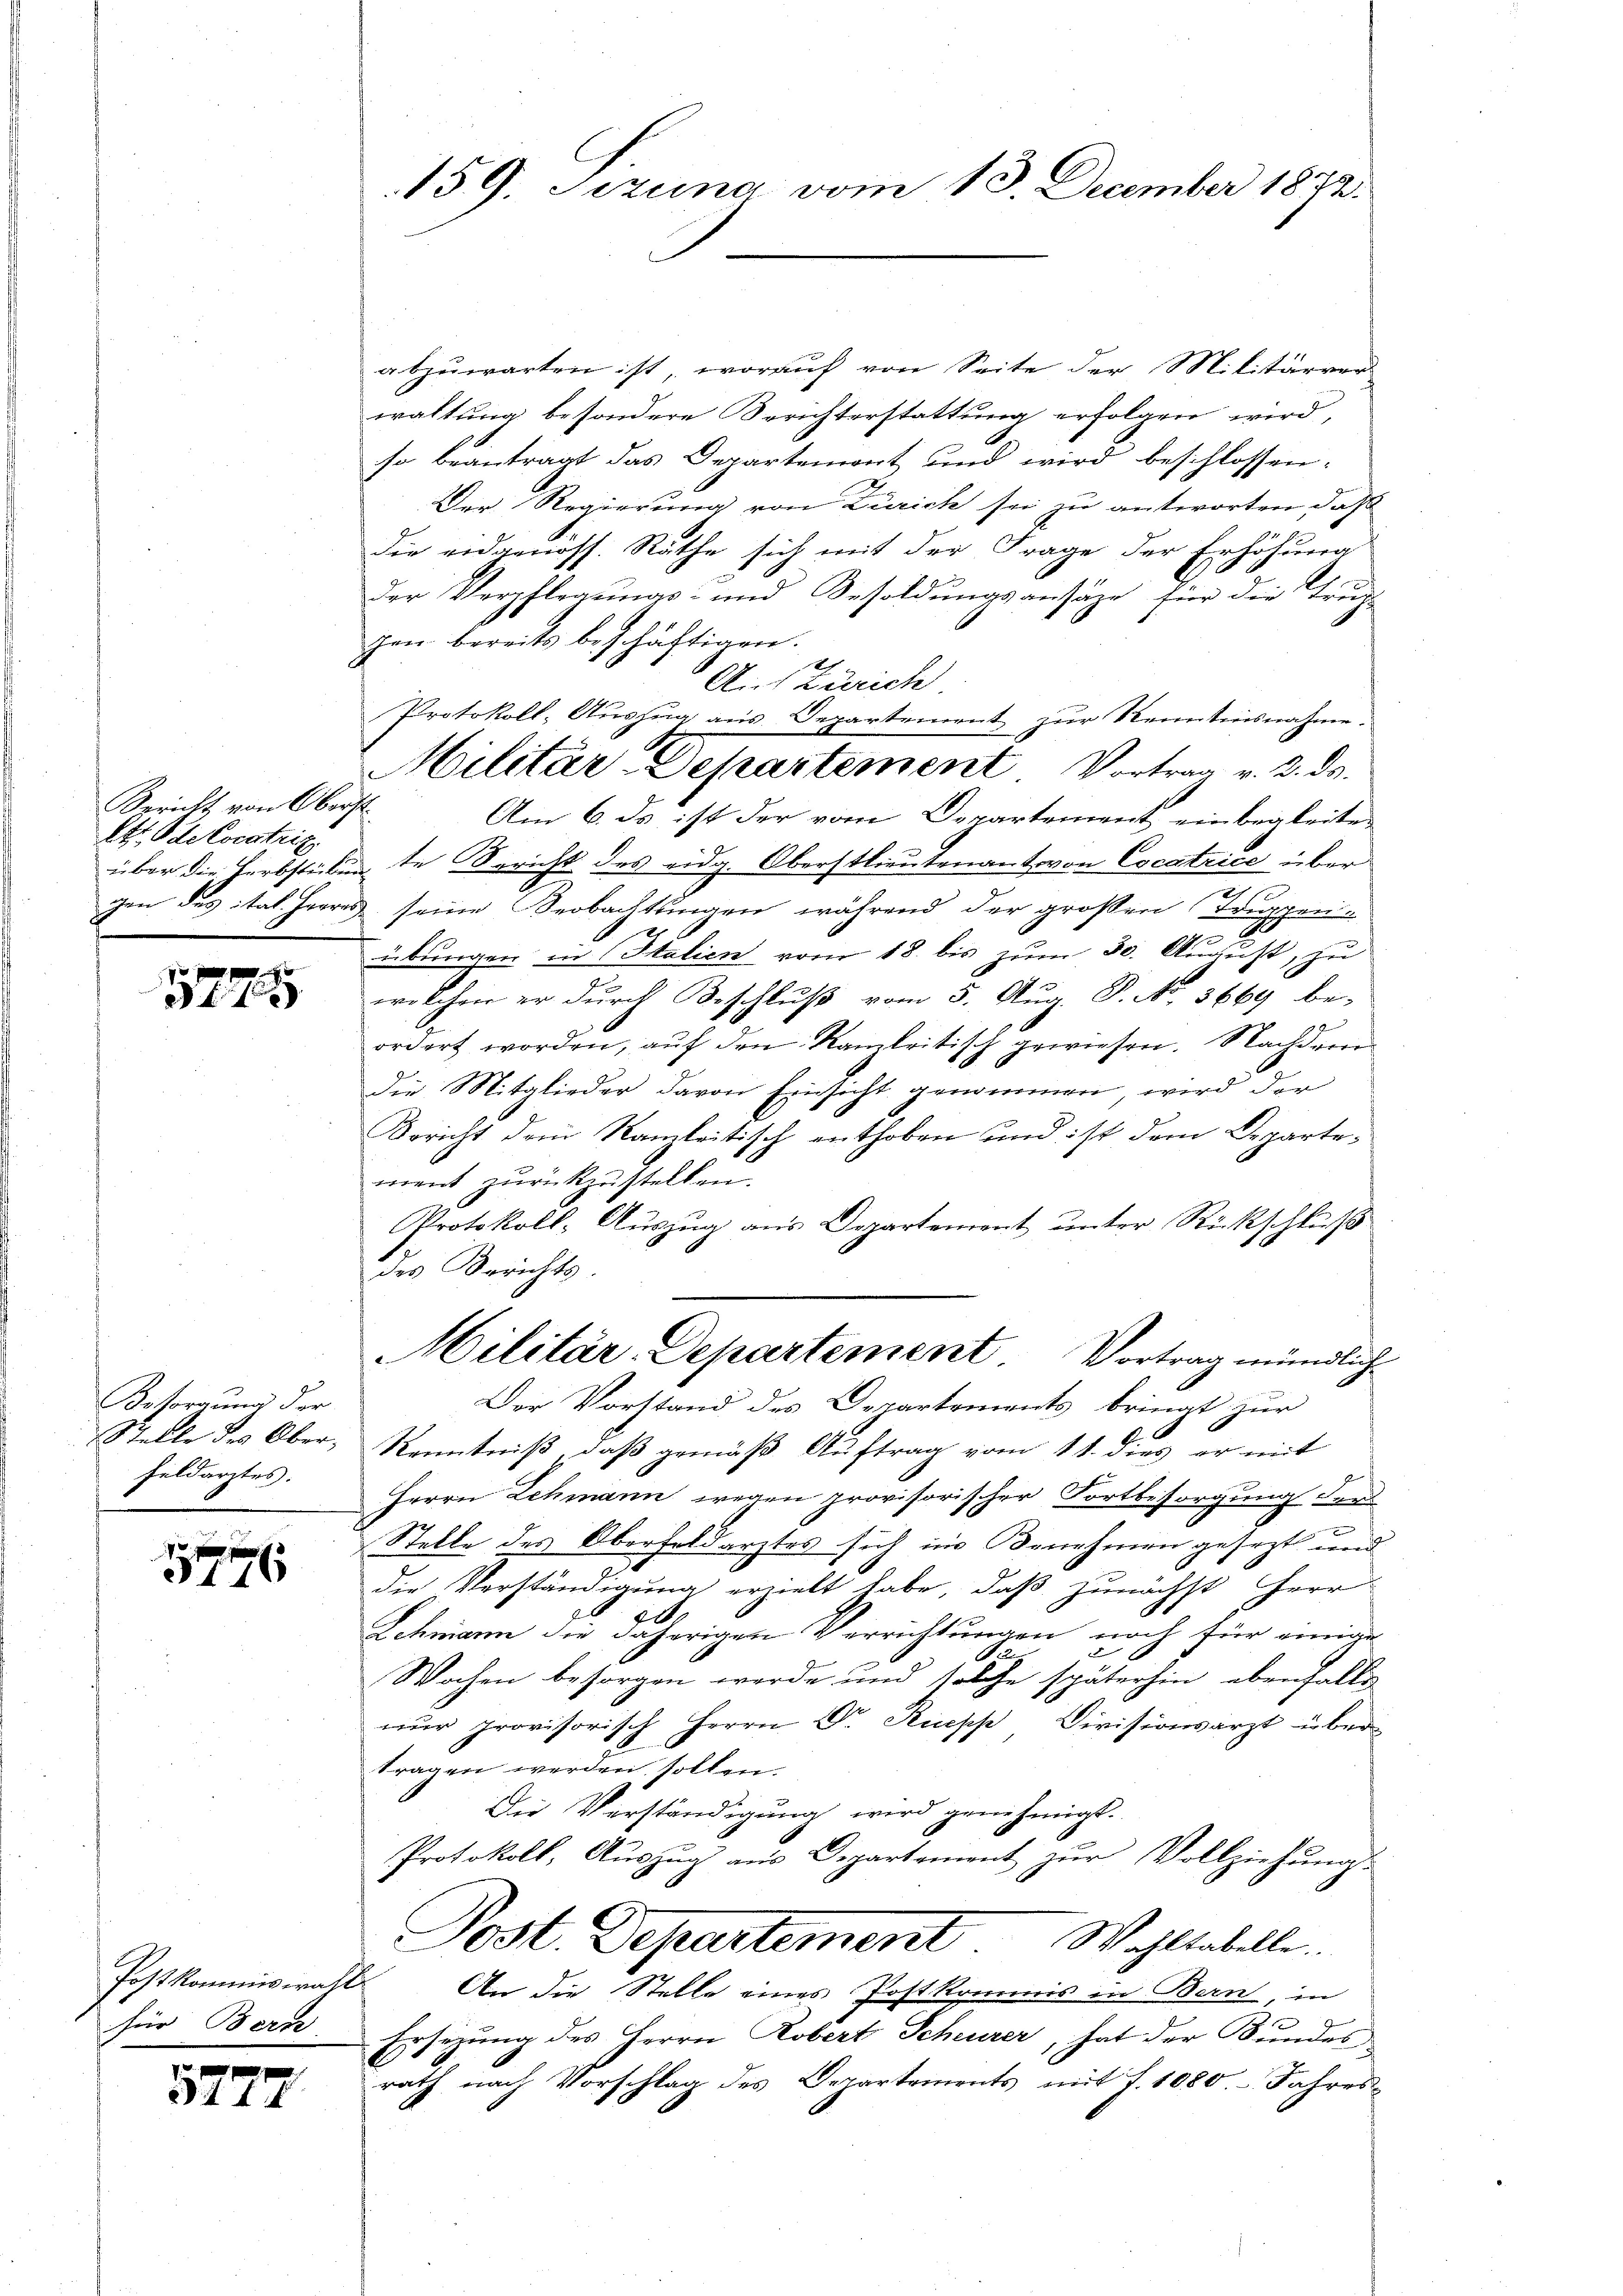
Bericht von Oberst
Ett. Odekoratriz
gen des ital Herres

17

Besorgung der
Stelle des Ober-
Feldarztes.

3176

für Bern

5772

159. Sizung vom 13. December 1872.

Protokoll- Auszug aus Departement zur Kenntnisnahme
Militär-Departement Vortrag v. 2. ds.

abzuwarten ist, worauf von Seite der Militärver
waltung besondere Berichterstattung erfolgen wird,
so beantragt das Departemont und wird beschlossen:
Der Regierung von Zürich sei zu antworten das
die eidgenöss. Rathe sich mit der Frage der Erhöhung
2
Der Verpflegungs- und Besoldungsansäze für die Trup-
gen bereits beschäftigen.
A. Zürich
Am 6. ds ist der vom Departement einbegleiten
über die Herbstückente Bericht des eidg. Oberstlieutenant von Cocatrice über
2
seine Beobachtungen während der großen Trippen-
übungen in Italien vom 18. bis zum 30. August, zu
welchen er durch Beschluß vom 5. A. B. No. 3669 be-
ordert worden, auf den Kanzleitisch gewiesen. Nachdem
Die Mitglieder davon Einsicht genommen wird der
Bericht dem Kanzleitisch enthoben und ist dem Departement zurückzustellen.
Protokoll- Auszug aus Departement unter Rückschluß
des Berichts.
Militär-Departement. Vortrag mündlich
Der Vorstand des Departements bringt zur
Kenntniß, daß gemäß Auftrag vom 11. dies er mit
Herrn Lehmann wegen provisorischer Fortbesorgung der
n
Stelle des Oberfeldarztes sich in Benehmen gesezt und
die Verständigung erzielt habe, daß zunächst Herr
20.
Schmann die daherigen Verrichtungen noch für einige
1
Wochen besorgen werde und solche späterhin ebenfalls
nŭr provisorisch Herrn Dr. Rupp Divisionsarzt über
tragen werden sollen.
Die Verständigung wird genehmigt.
Protokoll, Aŭszŭg aŭs Departement zŭr Vollziehŭngs-
Post. Departement Wohltabelle.
Postkommiswahl An die Stelle eines Postkommis in Bern, in
Ersezung des Herrn Robert Scheurer, hat der Bundes
rath nach Vorschlag des Departements mit f. 1080. Jahres-